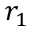
r _ { 1 }